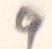
Text: 9